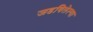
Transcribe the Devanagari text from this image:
जडविलेल्या